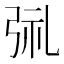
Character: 𫸱